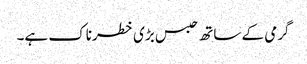
گرمی کے ساتھ حبس بڑی خطرناک ہے۔